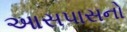
આસપાસનો